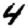
Digit: 4